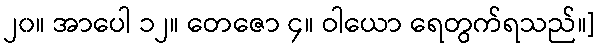
၂၀။ အာပေါ ၁၂။ တေဇော ၄။ ဝါယော ရေတွက်ရသည်။]